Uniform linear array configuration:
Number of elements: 8
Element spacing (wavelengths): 0.5
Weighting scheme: hamming
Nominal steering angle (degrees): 45
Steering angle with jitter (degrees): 45.628
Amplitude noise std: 0.05
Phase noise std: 0.05

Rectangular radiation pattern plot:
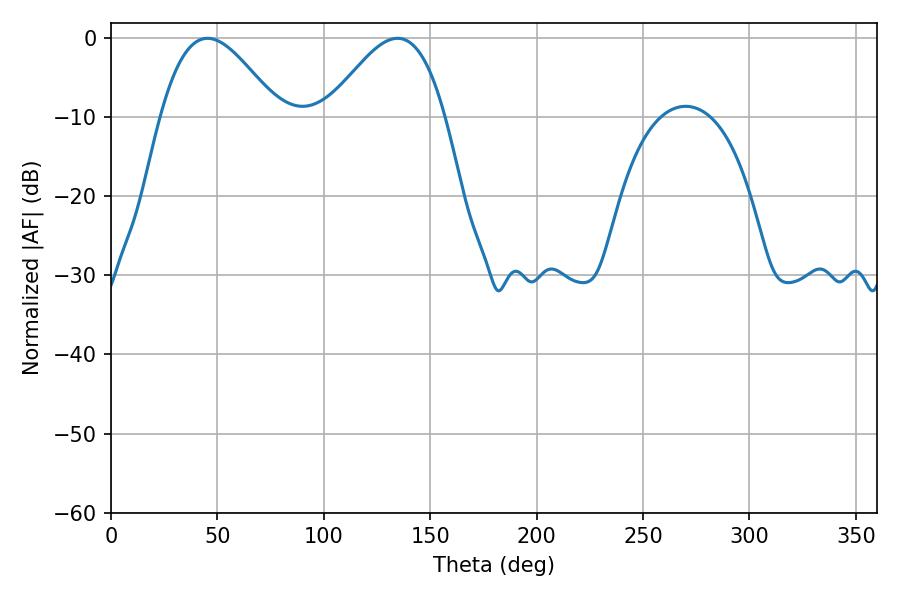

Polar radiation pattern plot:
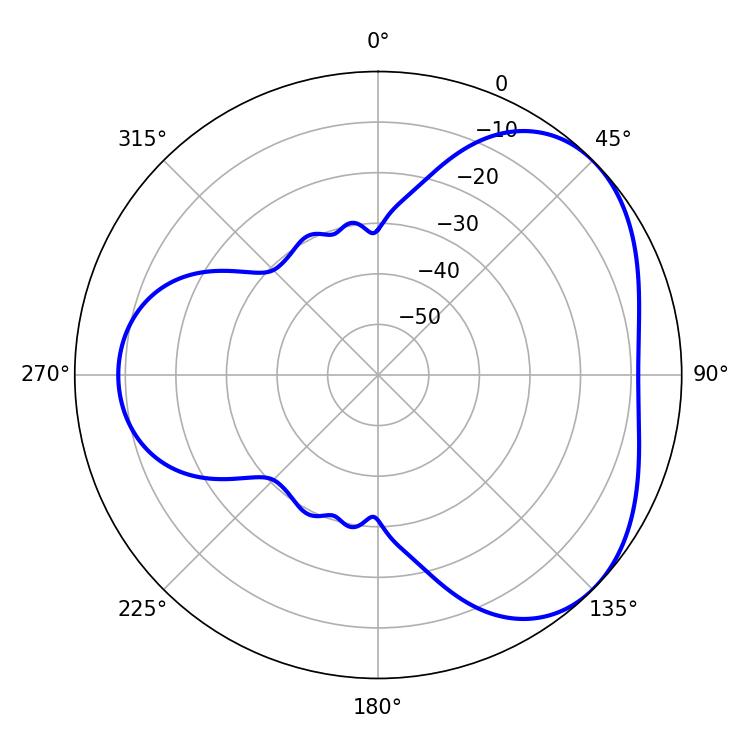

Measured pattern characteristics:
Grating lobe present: FALSE
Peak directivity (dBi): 4.003
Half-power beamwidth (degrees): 29.88
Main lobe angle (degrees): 45.36